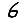
Digit: 6